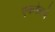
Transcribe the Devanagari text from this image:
एकवेळचे